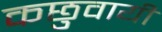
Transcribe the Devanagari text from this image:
कछुवायी